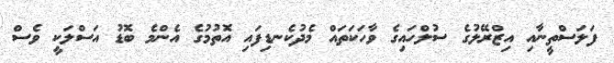
ފަލަސްތީނާއި އިޒްރޭލުގެ ސުލްހައިގެ ވާހަކަތައް މެދުކެނޑިފައި އޮތުމުގެ އެންމެ ބޮޑު އަސްލަކީ ވެސް